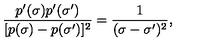
\frac { p ^ { \prime } ( \sigma ) p ^ { \prime } ( \sigma ^ { \prime } ) } { [ p ( \sigma ) - p ( \sigma ^ { \prime } ) ] ^ { 2 } } = \frac { 1 } { ( \sigma - \sigma ^ { \prime } ) ^ { 2 } } ,